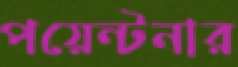
পয়েন্টনার